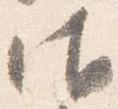
御